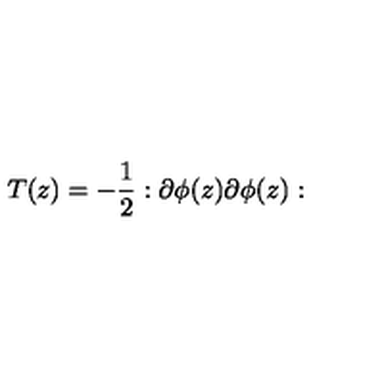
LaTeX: T ( z ) = - \frac { 1 } { 2 } : \partial \phi ( z ) \partial \phi ( z ) :